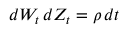
d W _ { t } \, d Z _ { t } = \rho \, d t